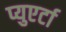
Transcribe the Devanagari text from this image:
प्युएर्टा